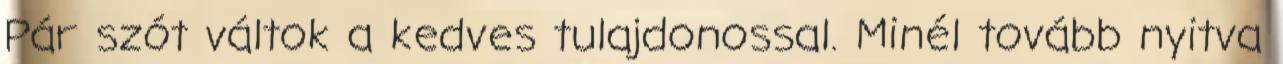
Pár szót váltok a kedves tulajdonossal. Minél tovább nyitva